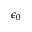
\epsilon _ { 0 }